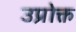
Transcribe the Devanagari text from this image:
उप्रोक्त